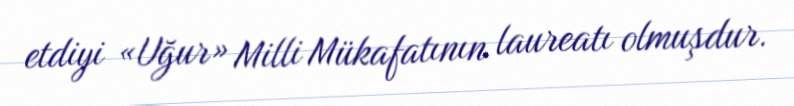
etdiyi «Uğur» Milli Mükafatının laureatı olmuşdur.